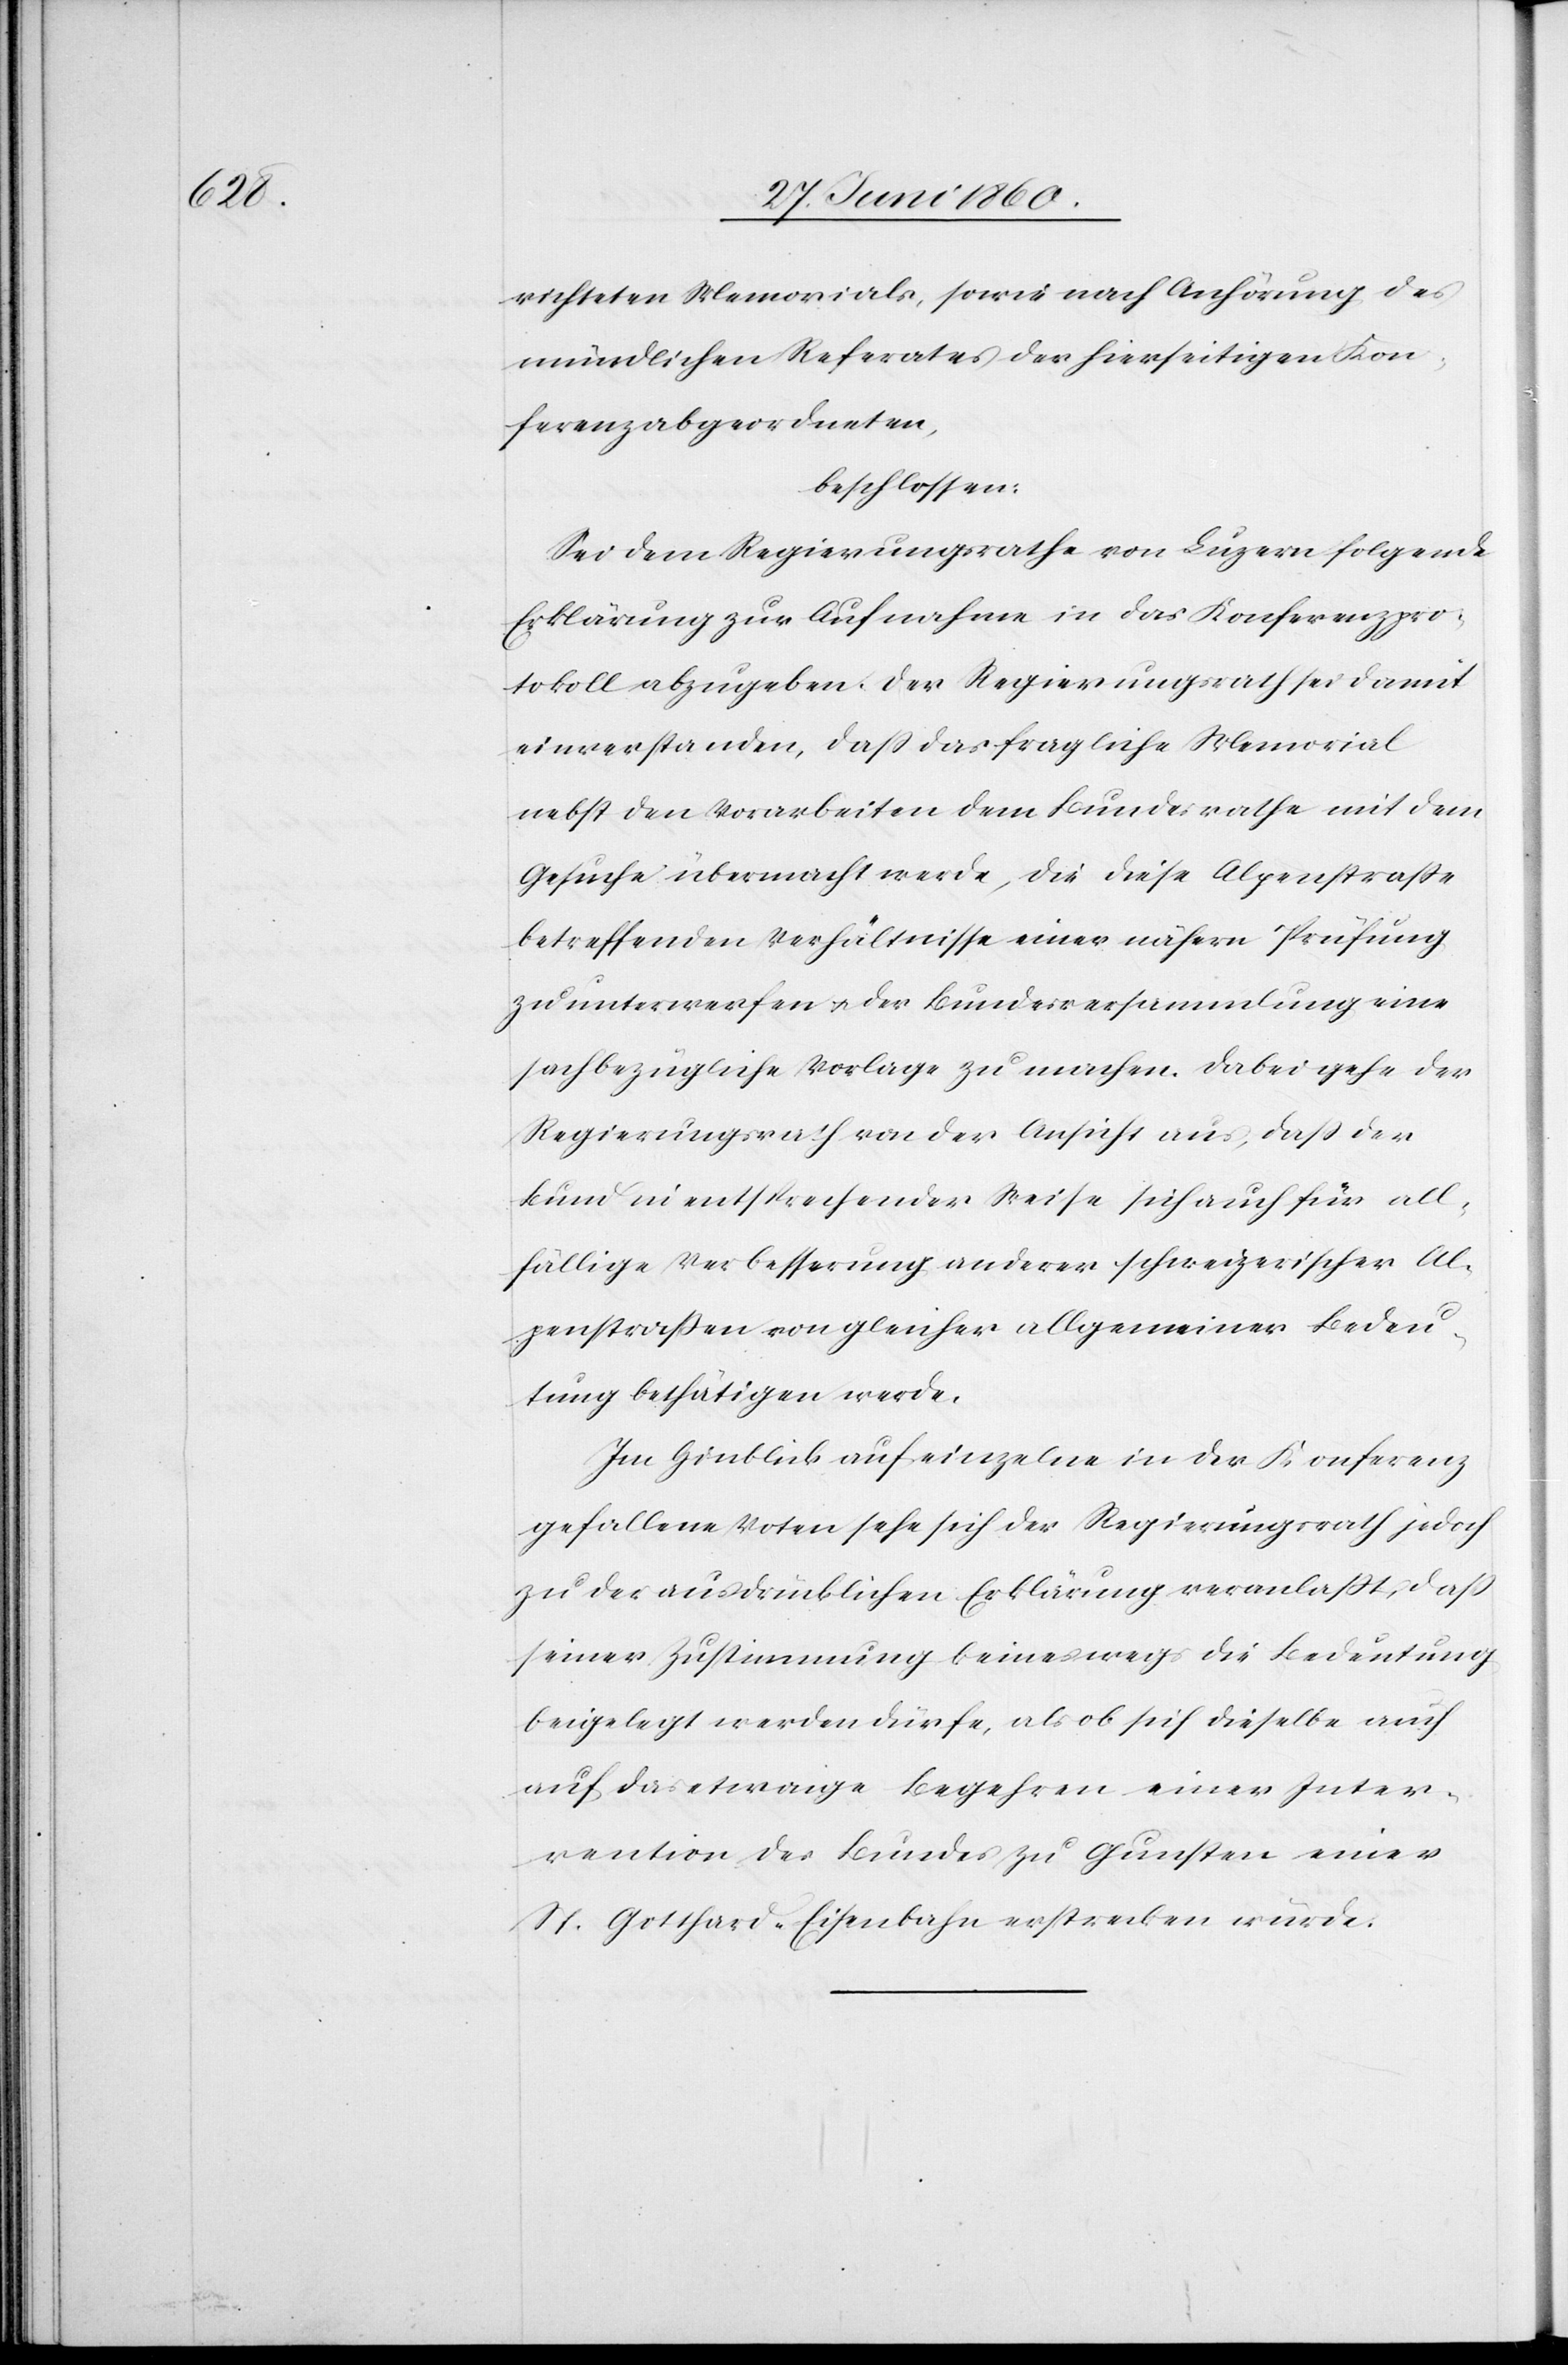
richteten Memorials, sowie nach Anhörung des
mündlichen Referates des hierseitigen Kon¬
ferenzabgeordneten,
beschlossen:
Sei dem Regierungsrathe von Luzern folgende
Erklärung zur Aufnahme in das Konferenzpro¬
tokoll abzugeben. Der Regierungsrath sei damit
einverstanden, dass das fragliche Memorial
nebst den Vorarbeiten dem Bundesrathe mit dem
Gesuche übermacht werde, die diese Alpenstrasse
betreffenden Verhältnisse einer nähern Prüfung
zu unterwerfen u. der Bundesversammlung eine
sachbezügliche Vorlage zu machen. Dabei gehe der
Regierungsrath von der Ansicht aus, dass der
Bund in entsprechender Weise sich auch für all¬
fällige Verbesserung anderer schweizerischer Al¬
penstrassen von gleicher allgemeiner Bedeu¬
tung bestätigten werde.
Im Hinblick auf einzelne in der Konferenz
gefallene Voten sehe sich der Regierungsrath jedoch
zu der ausdrücklichen Erklärung veranlasst, dass
seiner Zustimmung keineswegs die Bedeutung
beigelegt werden dürfe, als ob sich dieselbe auch
auf das etwaige Begehren einer Inter¬
vention des Bundes zu Gunsten einer
St. Gotthard-Eisenbahn erstrecken würde.